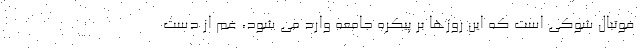
فوتبال شوکی است که این روزها بر پیکره جامعه وارد می شود، غم از دست